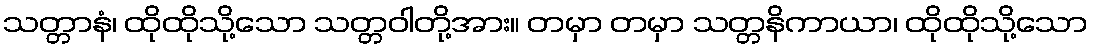
သတ္တာနံ၊ ထိုထိုသို့သော သတ္တဝါတို့အား။ တမှာ တမှာ သတ္တနိကာယာ၊ ထိုထိုသို့သော